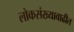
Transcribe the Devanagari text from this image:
लोकसंख्यावाढीत